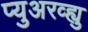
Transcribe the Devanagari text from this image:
प्युअरव्ह्यु